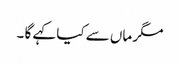
مگر ماں سے کیا کہے گا ۔